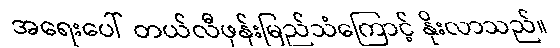
အရေးပေါ် တယ်လီဖုန်းမြည်သံကြောင့် နိုးလာသည်။